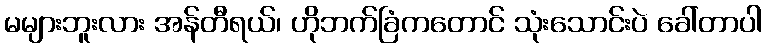
မများဘူးလား အန်တီရယ်၊ ဟိုဘက်ခြံကတောင် သုံးသောင်းပဲ ခေါ်တာပါ